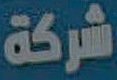
شركة